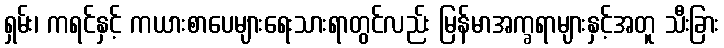
ရှမ်း၊ ကရင်နှင့် ကယားစာပေများရေးသားရာတွင်လည်း မြန်မာအက္ခရာများနှင့်အတူ သီးခြား